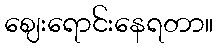
ဈေးရောင်းနေရတာ။